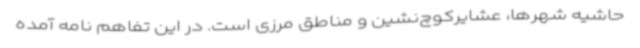
حاشیه شهرها، عشایرکوچ‌نشین و مناطق مرزی است. در این تفاهم نامه آمده